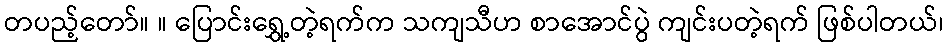
တပည့်တော်။ ။ ပြောင်းရွှေ့တဲ့ရက်က သကျသီဟ စာအောင်ပွဲ ကျင်းပတဲ့ရက် ဖြစ်ပါတယ်၊